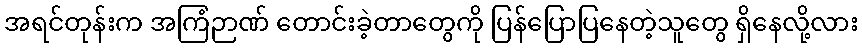
အရင်တုန်းက အကြံဉာဏ် တောင်းခဲ့တာတွေကို ပြန်ပြောပြနေတဲ့သူတွေ ရှိနေလို့လား